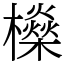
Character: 𣟕